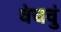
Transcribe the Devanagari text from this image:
वेचवुं